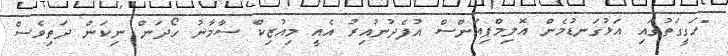
"ހަގީގަތުގައި އަޅުގަނޑުމެން އޮލިމްޕިއަންސް އުފެދުނުއިރު އެއީ މިއުޒިކް ސާމާނު ހޯދަން ނިކަން ދަތިވެސް